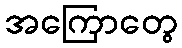
အကြောတွေ